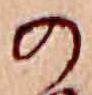
の